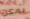
يمكن